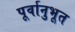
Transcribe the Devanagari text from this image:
पूर्वानुभूत